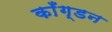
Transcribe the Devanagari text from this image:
काँग्डन